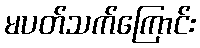
မပတ်သက်ကြောင်း